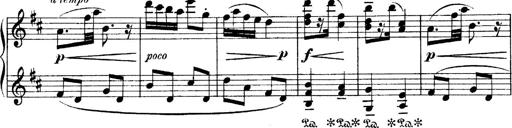
Title: 4 Sonatines
Composer: Max Reger